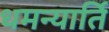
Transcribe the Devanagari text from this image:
धमन्यार्ति